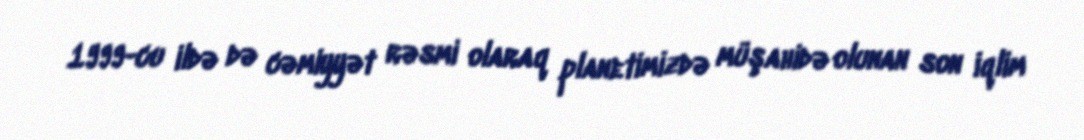
1999-cu ildə də cəmiyyət rəsmi olaraq planetimizdə müşahidə olunan son iqlim